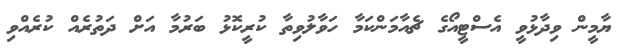
ޔާމީން ވިދާޅުވީ އެސްޓީއޯގެ ޗެއާމަންކަމާ ހަވާލުވިތާ ކުރީކޮޅު ބަރުމާ އަށް ދަތުރެއް ކުރެއްވި